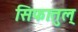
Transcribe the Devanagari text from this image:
सिफातुल्